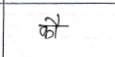
मजकूर: कौ